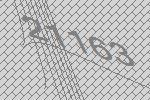
21163